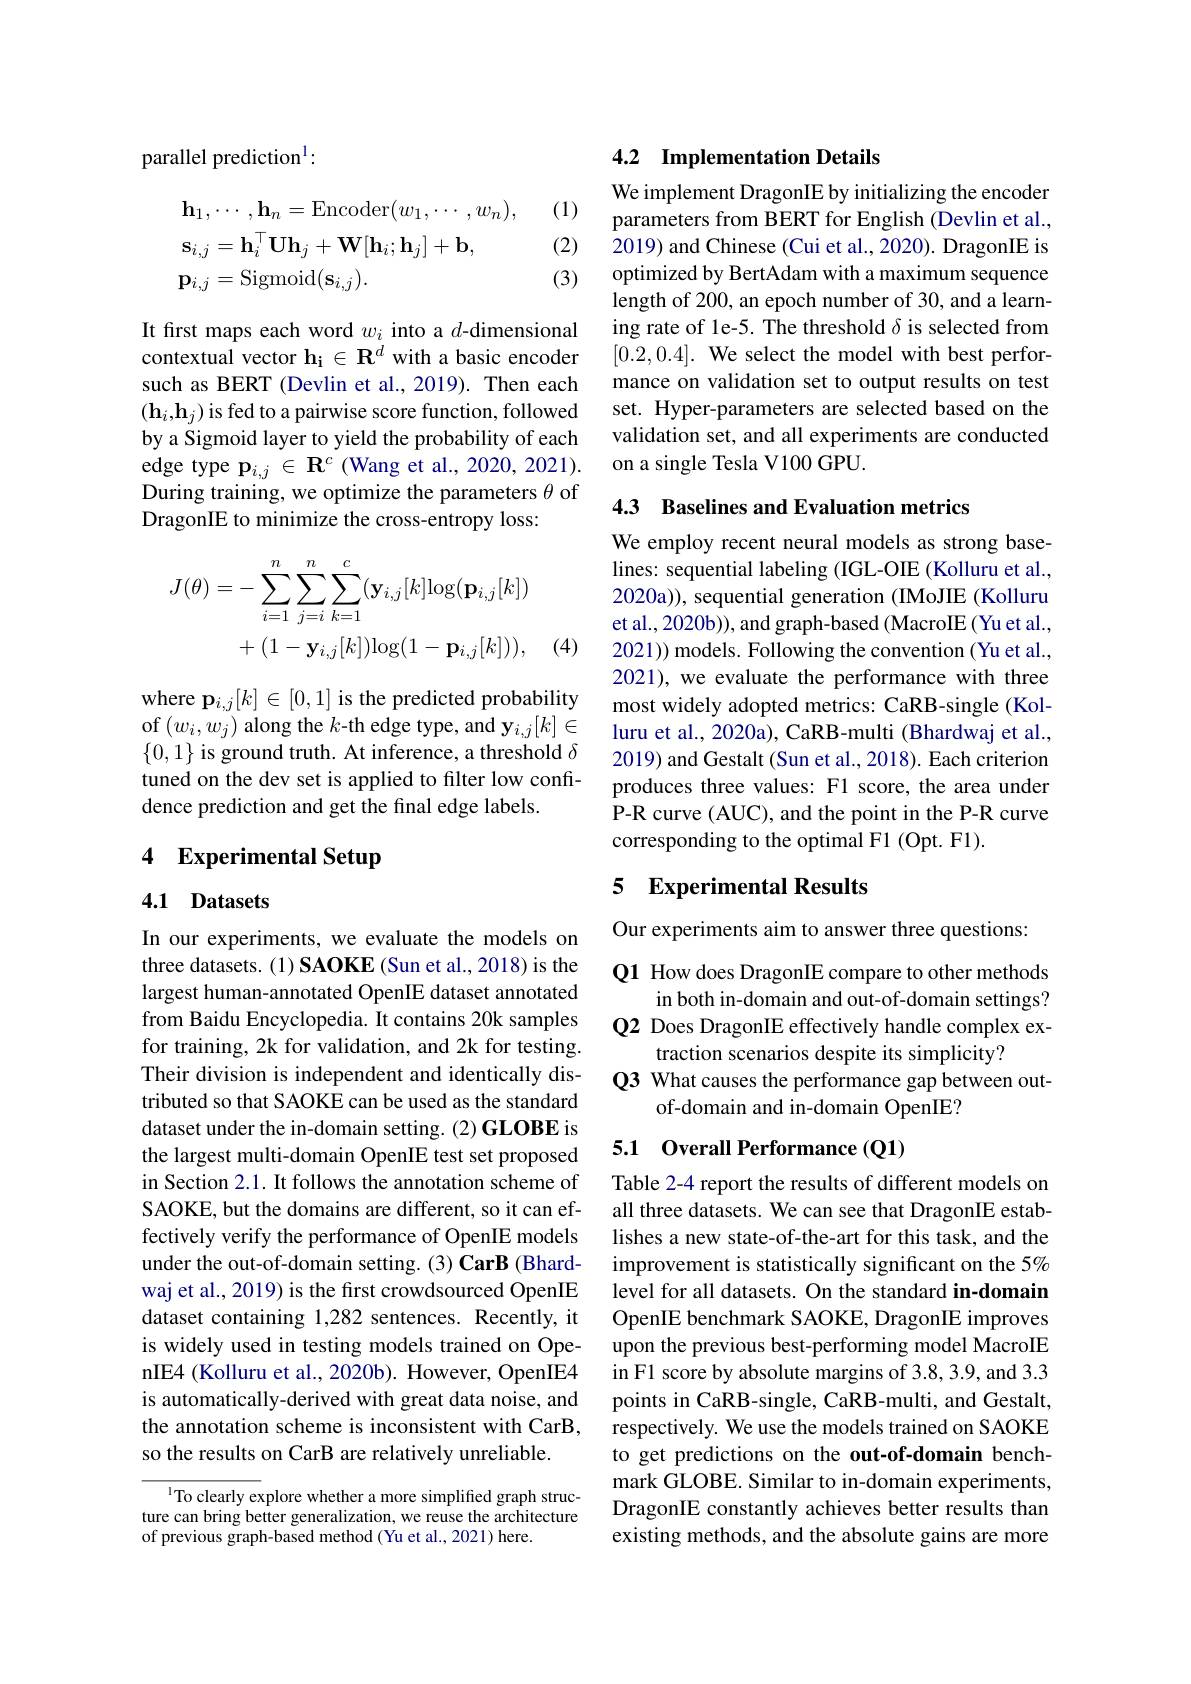
parallel prediction$^{1}:$

(1)
$$\begin{aligned}&\mathbf{h}_{1},\cdots,\mathbf{h}_{n}=\mathrm{Encoder}(w_{1},\cdots,w_{n}),\\&\mathbf{s}_{i,j}=\mathbf{h}_{i}^{\top}\mathbf{U}\mathbf{h}_{j}+\mathbf{W}[\mathbf{h}_{i};\mathbf{h}_{j}]+\mathbf{b},\\&\mathbf{p}_{i,j}=\mathrm{Sigmoid}(\mathbf{s}_{i,j}).\end{aligned}$$
(2)

(3)

It first maps each word $w_i$ into a $d$-dimensional contextual vector $\mathbf{h_i}\in\mathbf{R^d}$ with a basic encoder such as BERT (Devlin et al.,2019). Then each $(\mathbf{h}_i,\mathbf{h}_j)$ is fed to a pairwise score function, followed by a Sigmoid layer to yield the probability of each edge type $\mathbf{p}_{i,j}\in\mathbf{R}^{c}($Wang et al., 2020, 2021). During training, we optimize the parameters $\theta$ of DragonIE to minimize the cross-entropy loss:
$$\begin{aligned}J(\theta)&=-\sum_{i=1}^n\sum_{j=i}^n\sum_{k=1}^c(\mathbf{y}_{i,j}[k]\mathrm{log}(\mathbf{p}_{i,j}[k])\\&+(1-\mathbf{y}_{i,j}[k])\mathrm{log}(1-\mathbf{p}_{i,j}[k])),\end{aligned}$$
(4)

where p$_i,j[k]\in[0,1]$ is the predicted probability of$\left(w_{i},w_{j}\right)$along the $k$-th edge type, and $\mathbf{y}_i,j[k]\in$ $\{0,1\}$ is ground truth. At inference, a threshold $\delta$ tuned on the dev set is applied to filter low confidence prediction and get the final edge labels.

# 4 Experimental Setup

## 4.1 Datasets

In our experiments, we evaluate the models on three datasets. (1) SAOKE (Sun et al., 2018) is the largest human-annotated OpenIE dataset annotated from Baidu Encyclopedia. It contains 20k samples for training, 2k for validation, and 2k for testing. Their division is independent and identically distributed so that SAOKE can be used as the standard dataset under the in-domain setting. (2) GLOBE is the largest multi-domain OpenIE test set proposed in Section 2.1. It follows the annotation scheme of SAOKE, but the domains are different, so it can effectively verify the performance of OpenIE models under the out-of-domain setting. (3) CarB (Bhardwaj et al., 2019) is the first crowdsourced OpenIE dataset containing 1,282 sentences. Recently, it is widely used in testing models trained on OpenIE4 (Kolluru et al., 2020b). However, OpenIE4 is automatically-derived with great data noise, and the annotation scheme is inconsistent with CarB, so the results on CarB are relatively unreliable.

$^{1}$To clearly explore whether a more simplified graph structure can bring better generalization, we reuse the architecture of previous graph-based method (Yu et al., 2021) here.

### 4.2 Implementation Details

We implement DragonIE by initializing the encoder parameters from BERT for English (Devlin et al., 2019) and Chinese (Cui et al., 2020). DragonIE is optimized by BertAdam with a maximum sequence length of 200, an epoch number of 30, and a learning rate of le-5. The threshold $\delta$ is selected from $[ 0. 2, 0. 4] . \textbf{ We select the model with best perfor- }$ mance on validation set to output results on test set. Hyper-parameters are selected based on the validation set, and all experiments are conducted on a single Tesla V100 GPU.

## 4.3 Baselines and Evaluation metrics

We employ recent neural models as strong baselines: sequential labeling (IGL-OIE (Kolluru et al., 2020a)), sequential generation (IMoJIE (Kolluru et al., 2020b)), and graph-based (MacroIE (Yu et al., 2021)) models. Following the convention (Yu et al., 2021), we evaluate the performance with three most widely adopted metrics: CaRB-single (Kolluru et al., 2020a), CaRB-multi (Bhardwaj et al., 2019) and Gestalt (Sun et al., 2018). Each criterion produces three values: F1 score, the area under P-R curve (AUC), and the point in the P-R curve corresponding to the optimal F1 (Opt. F1).

## 5 Experimental Results

Our experiments aim to answer three questions:

Q1 How does DragonIE compare to other methods
in both in-domain and out-of-domain settings? Q2 Does DragonIE effectively handle complex ex-
traction scenarios despite its simplicity?
Q3 What causes the performance gap between out-
of-domain and in-domain OpenIE?

### 5.1 0verall Performance(Q1)

Table 2-4 report the results of different models on all three datasets. We can see that DragonIE establishes a new state-of-the-art for this task, and the improvement is statistically significant on the 5% level for all datasets. On the standard in-domain OpenIE benchmark SAOKE, DragonIE improves upon the previous best-performing model MacroIE in F1 score by absolute margins of 3.8, 3.9, and 3.3 points in CaRB-single, CaRB-multi, and Gestalt, respectively. We use the models trained on SAOKE to get predictions on the out-of-domain benchmark GLOBE. Similar to in-domain experiments, DragonIE constantly achieves better results than existing methods, and the absolute gains are more